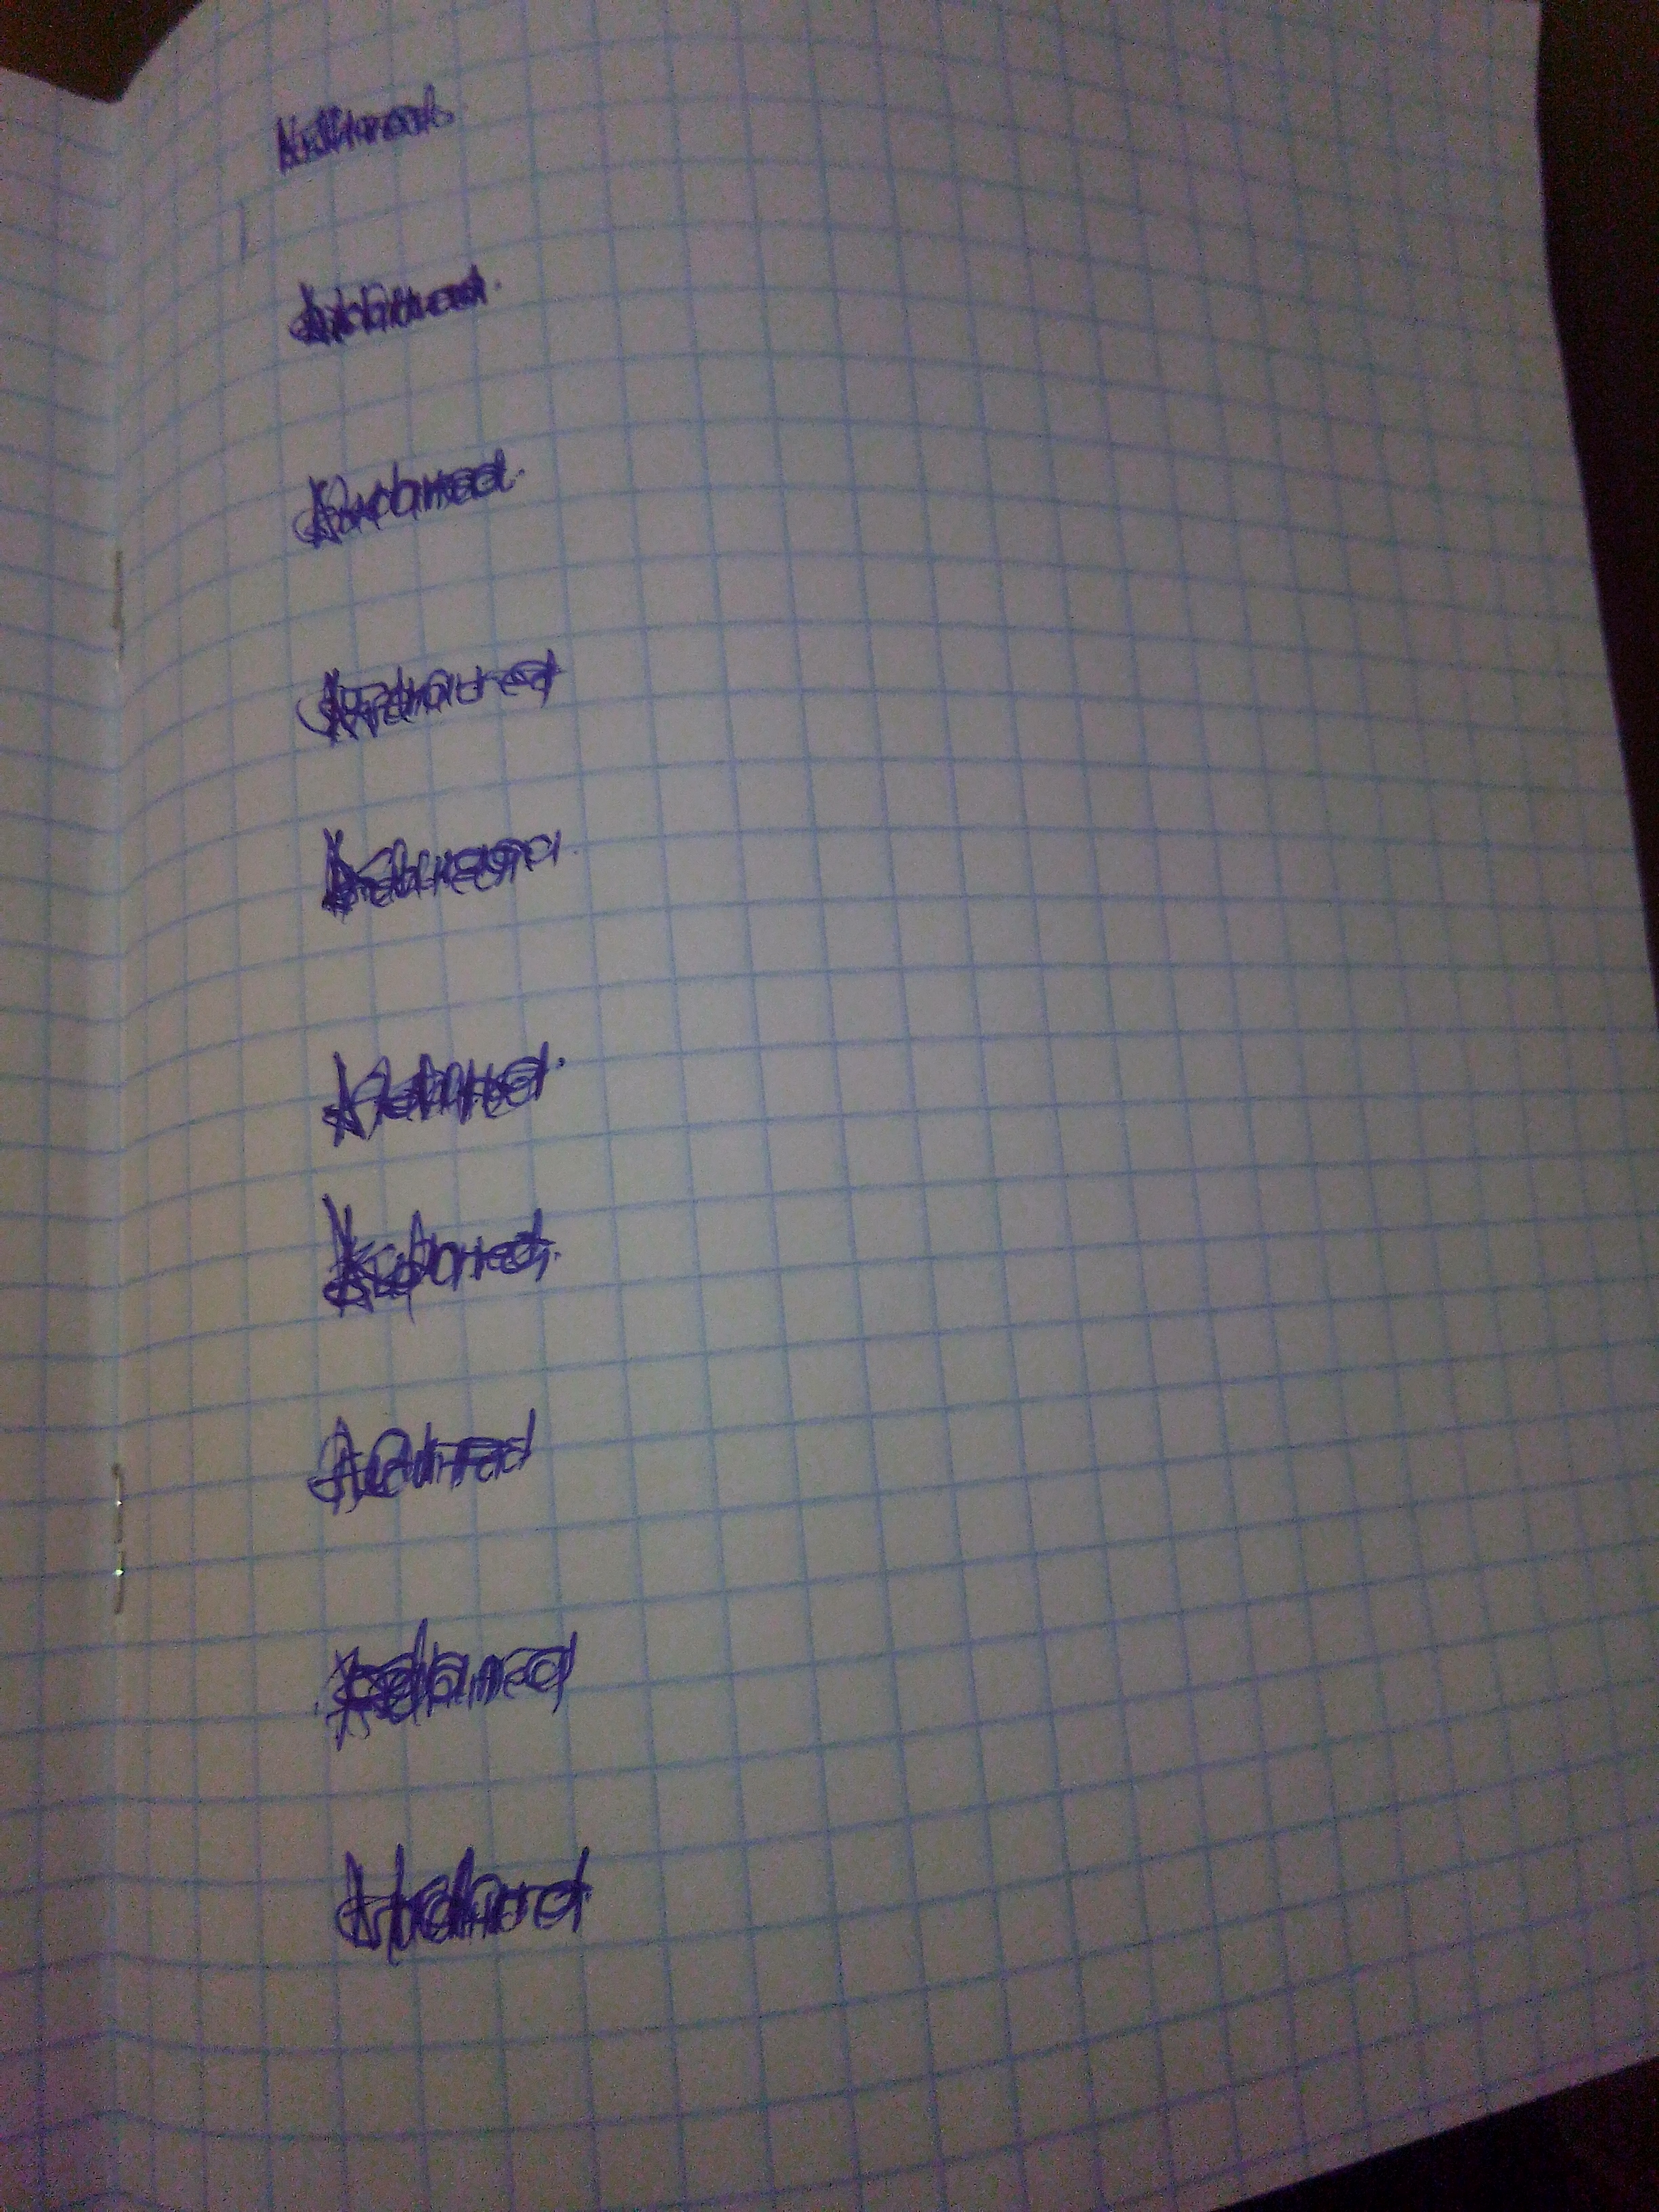
Signature authenticity: genuine